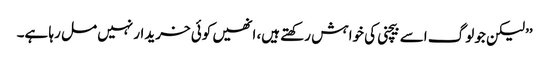
’’لیکن جو لوگ اسے بیچنی کی خواہش رکھتے ہیں، انھیں کوئی خریدار نہیں مل رہا ہے۔